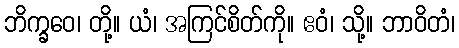
ဘိက္ခဝေ၊ တို့။ ယံ၊ အကြင်စိတ်ကို။ ဧဝံ၊ သို့။ ဘာဝိတံ၊